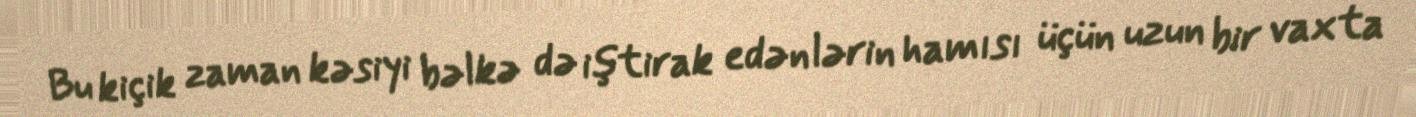
Bu kiçik zaman kəsiyi bəlkə də iştirak edənlərin hamısı üçün uzun bir vaxta